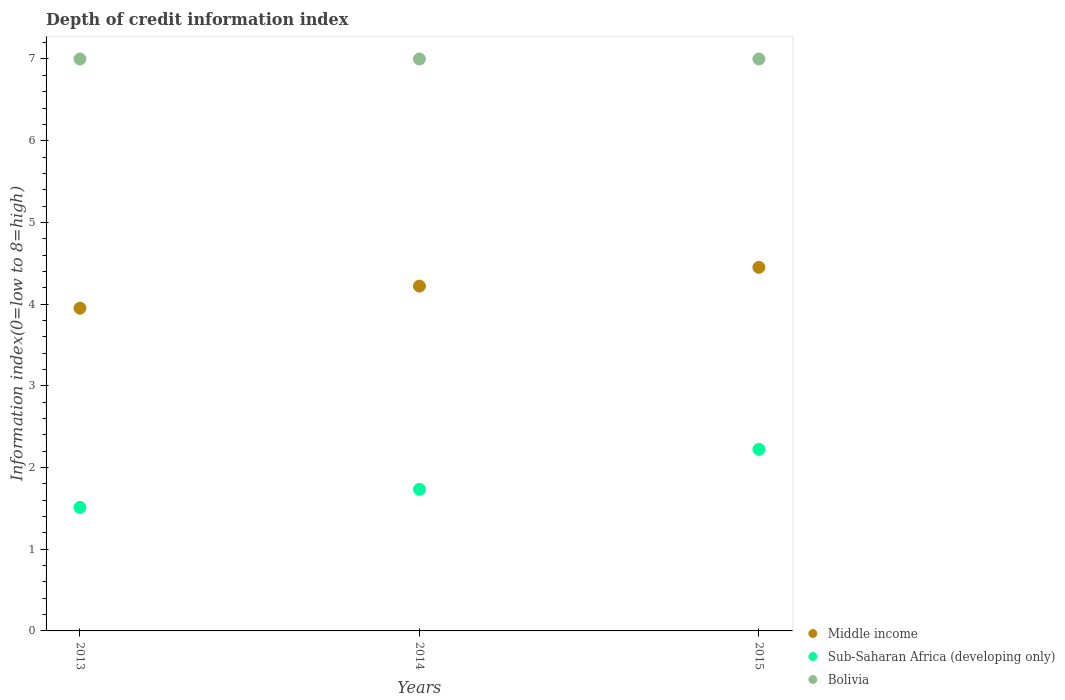
| Years | Middle income | Sub-Saharan Africa (developing only) | Bolivia |
 | --- | --- | --- | --- |
 | 2013 | 3.95 | 1.51 | 7 |
 | 2014 | 4.22 | 1.73 | 7 |
 | 2015 | 4.45 | 2.22 | 7 |